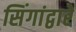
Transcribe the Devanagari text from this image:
सिंगांद्वारे